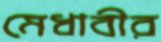
মেধাবীর